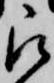
被